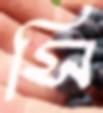
সি